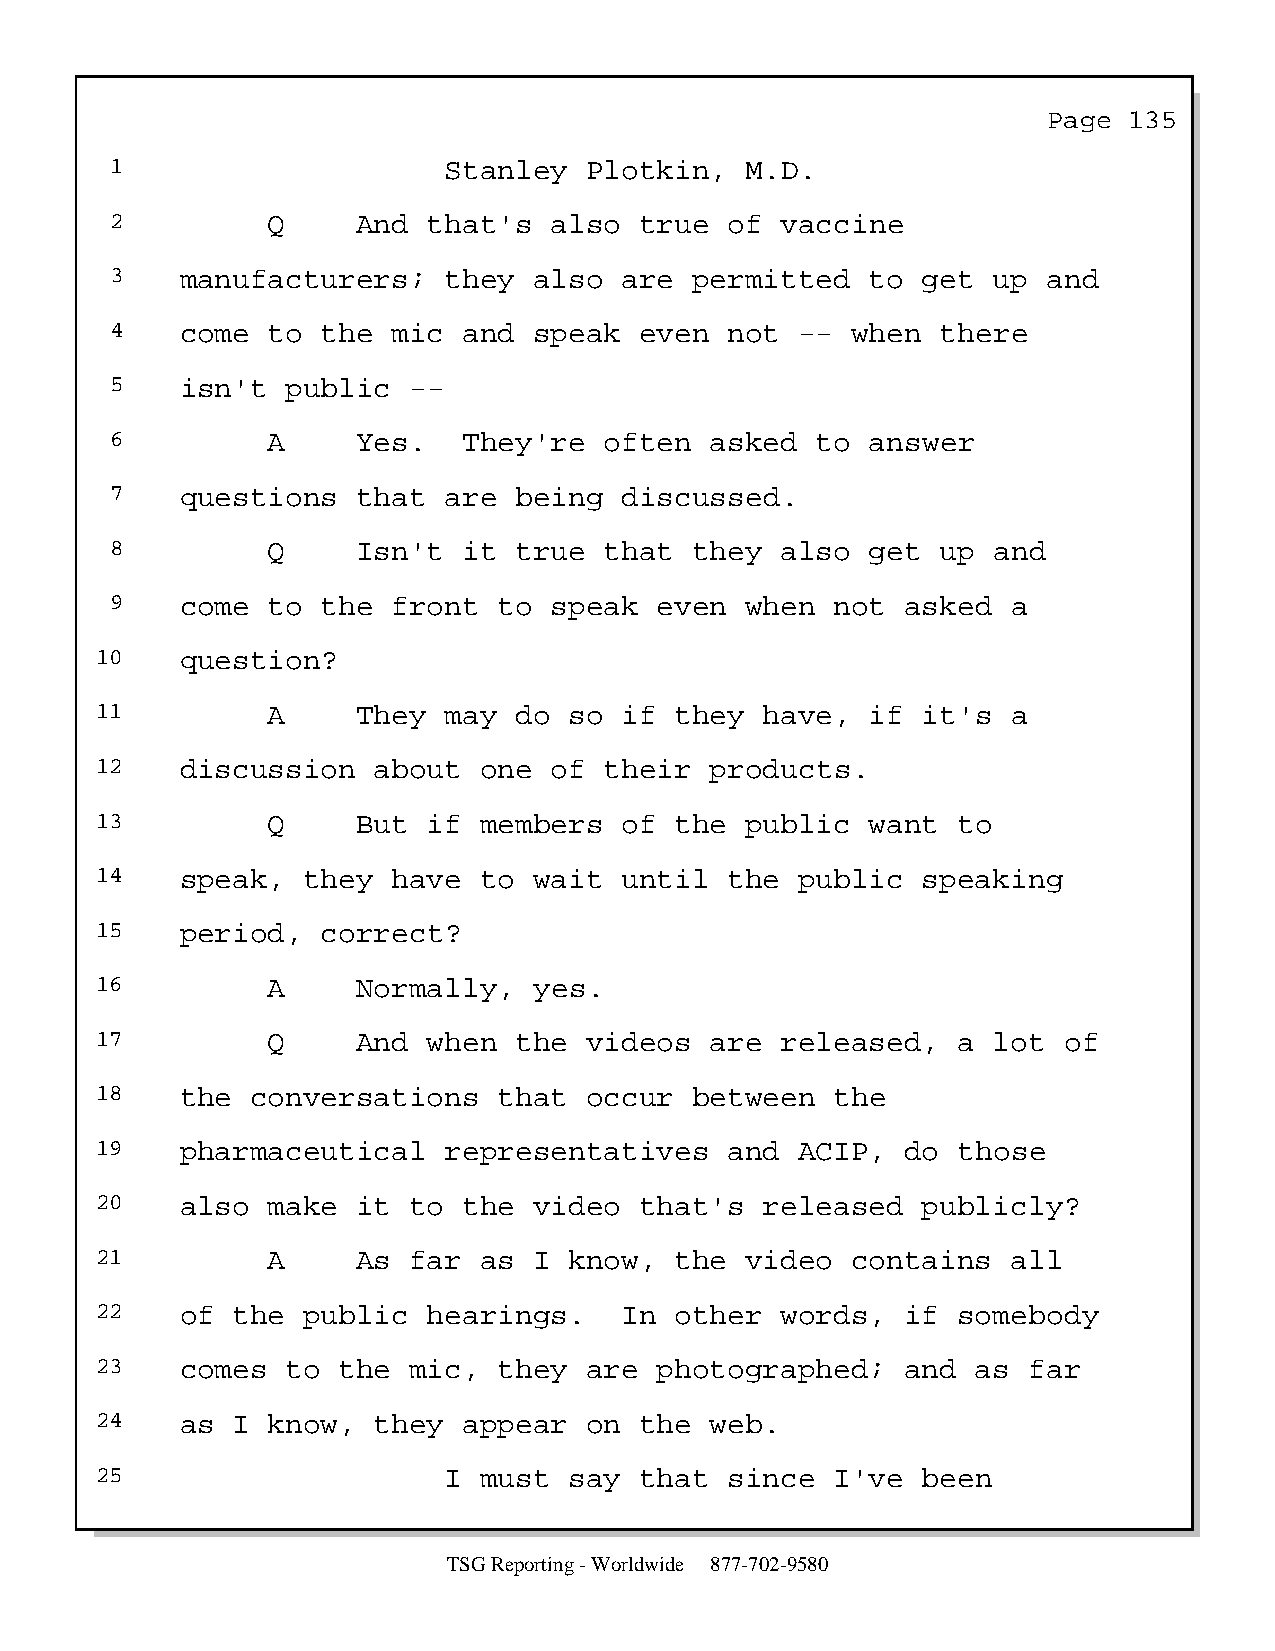
Page  135
 1                     Stanley   Plotkin,  M.D.
 2          Q     And that's  also  true  of  vaccine
 3    manufacturers;   they  also  are  permitted   to get  up and
 4    come  to the  mic  and speak  even  not  -- when  there
 5    isn't  public  --
 6          A     Yes.   They're  often  asked  to  answer
 7    questions   that are  being  discussed.
 8          Q     Isn't  it true  that  they  also  get up  and
 9    come  to the  front  to speak   even when  not  asked  a
 10    question?
 11          A     They may  do  so if  they  have,  if it's  a
 12    discussion   about  one of  their  products.
 13          Q     But if  members  of  the public   want to
 14    speak,  they  have  to wait  until  the  public  speaking
 15    period,  correct?
 16          A     Normally,  yes.
 17          Q     And when  the  videos  are  released,  a  lot of
 18    the  conversations   that  occur  between  the
 19    pharmaceutical   representatives    and  ACIP,  do those
 20    also  make  it to  the video  that's   released  publicly?
 21          A     As far  as I  know,  the video  contains   all
 22    of the  public  hearings.    In  other  words,  if somebody
 23    comes  to the  mic,  they  are  photographed;   and  as far
 24    as I  know,  they  appear  on the  web.
 25                     I  must  say that  since  I've  been
 TSG Reporting - Worldwide 877-702-9580